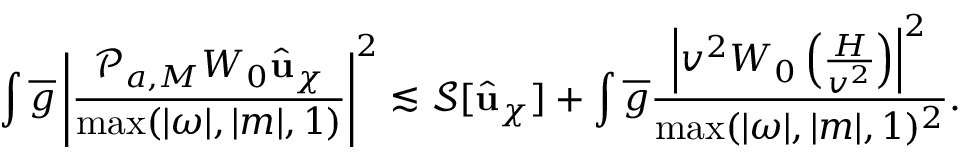
\int \overline { { g } } \left| \frac { \mathcal { P } _ { a , M } W _ { 0 } \widehat { \mathbf { u } } _ { \chi } } { \operatorname* { m a x } ( | \omega | , | m | , 1 ) } \right| ^ { 2 } \lesssim \mathcal { S } [ \widehat { \mathbf { u } } _ { \chi } ] + \int \overline { { g } } \frac { \left| v ^ { 2 } W _ { 0 } \left( \frac { H } { v ^ { 2 } } \right) \right| ^ { 2 } } { \operatorname* { m a x } ( | \omega | , | m | , 1 ) ^ { 2 } } .